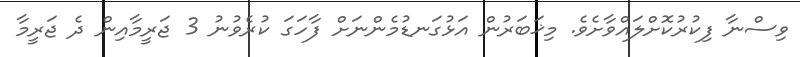
ވިސްނާ ފިކުރުކޮށްލައްވާށެވެ. މިޚަބަރުން އަޅުގަނޑުމެންނަށް ފާހަގަ ކުރެވުނު 3 ޖަރީމާއިން ދެ ޖަރީމާ